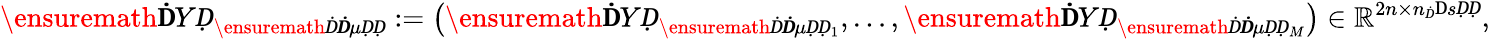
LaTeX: \ensuremath{\mathbf ḊYḌ}_{\ensuremath Ḋ\boldsymbol Ḋ\mu ḌḌ}:=\left(\ensuremath{\mathbf ḊYḌ}_{\ensuremath Ḋ\boldsymbol Ḋ\mu ḌḌ_{1}},\dots,\ensuremath{\mathbf ḊYḌ}_{\ensuremath Ḋ\boldsymbol Ḋ\mu ḌḌ_{M}}\right)\in\mathbb{R}^{2n\times n_{Ḋ}\mathrm ḊsḌḌ},